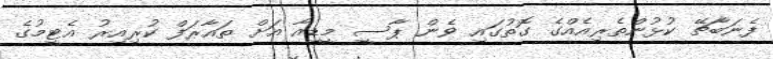
ފެނަބާޗޭ ކުޅުންތެރިއެއްގެ ގޮތުގައި ވެން ޕާސީ މީޑިއާ އަށް ތައާރަފް ކުރިއިރު އެޓީމުގެ